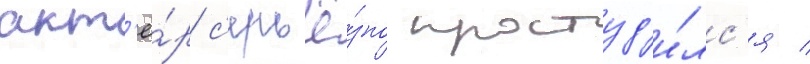
акт'ё́р с'ерьё́зно простуд'и́лс'я /